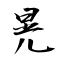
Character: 晃